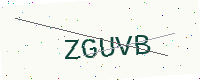
Text: ZGUVB